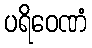
ပရိဝေဏံ